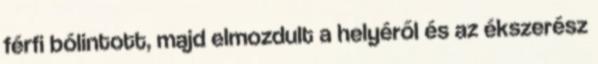
férfi bólintott, majd elmozdult a helyéről és az ékszerész